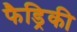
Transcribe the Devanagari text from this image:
फैड्रिकी